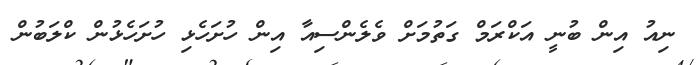
ނިއު އިން ބުނީ އަކްރަމް ގަތުމަށް ވެލެންސިއާ އިން ހުށަހެޅި ހުށަހެޅުން ކްލަބުން